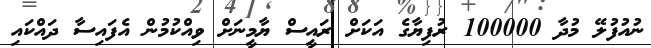
ނުއުފުލޭ މުދާ 100000 ރުފިޔާގެ އަކަށް ރައީސް ޔާމީނަށް ވިއްކުމުން އެފައިސާ ދައްކައި